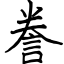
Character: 誊